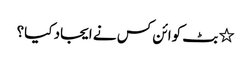
٭ بٹ کوائن کس نے ایجاد کیا؟